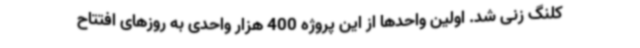
کلنگ زنی شد. اولین واحدها از این پروژه 400 هزار واحدی به روزهای افتتاح